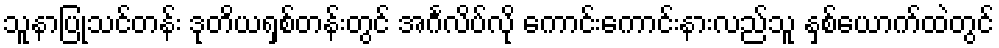
သူနာပြုသင်တန်း ဒုတိယရှစ်တန်းတွင် အင်္ဂလိပ်လို ကောင်းကောင်းနားလည်သူ နှစ်ယောက်ထဲတွင်